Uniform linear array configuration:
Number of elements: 24
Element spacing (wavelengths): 0.75
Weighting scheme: kaiser
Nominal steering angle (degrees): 30
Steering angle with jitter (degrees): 28.179
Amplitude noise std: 0.05
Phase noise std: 0.05

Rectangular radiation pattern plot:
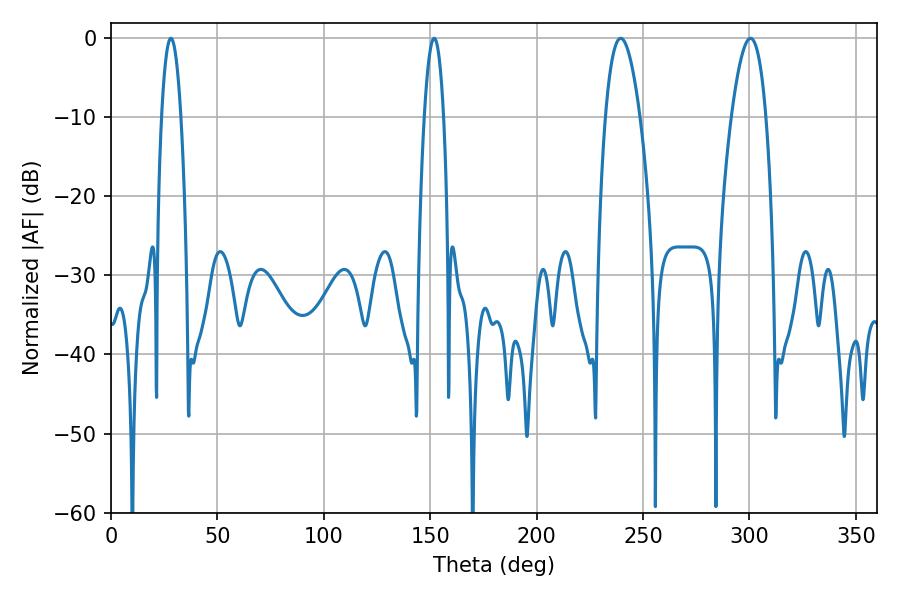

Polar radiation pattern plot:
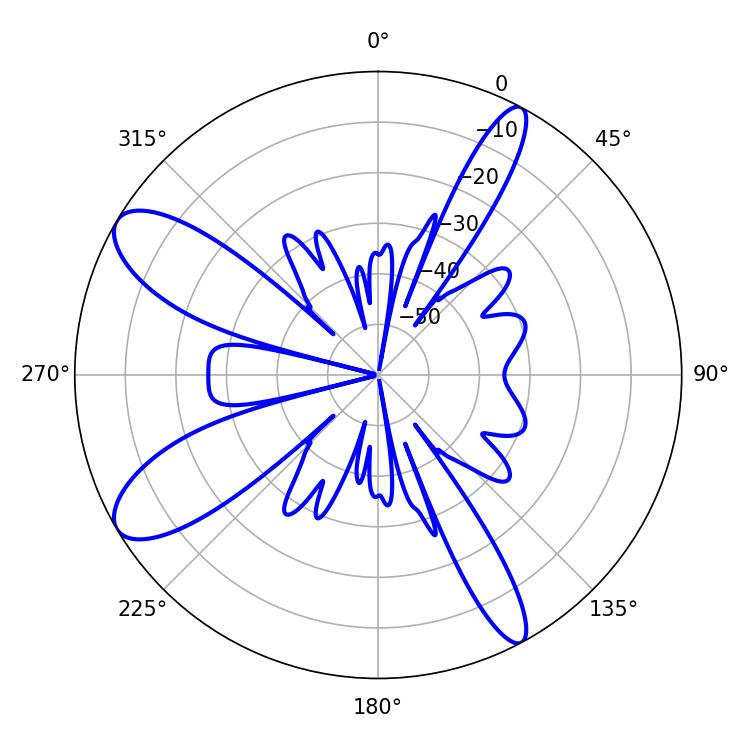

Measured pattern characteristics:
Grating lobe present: TRUE
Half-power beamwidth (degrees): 9
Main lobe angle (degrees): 239.58